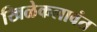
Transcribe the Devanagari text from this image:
खिळेकलावंत